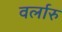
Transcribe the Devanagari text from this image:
वर्लारु